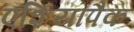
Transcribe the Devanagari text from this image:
एशियापैक